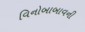
વિનોબાબાવની